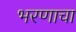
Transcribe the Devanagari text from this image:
भरणाचा